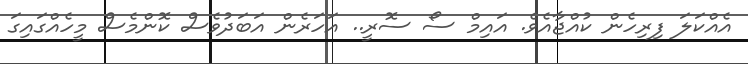
އެއްކަލަ ފިރިހެން ކުއްޖާއެވެ. އައިމް ސޯ ސޮރީ.. އަހަރެން އަބަދުވެސް ކޮންމެސް މީހެއްގައިގަ